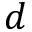
d